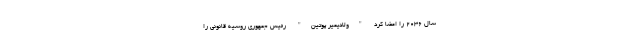
سال ۲۰۳۶ را امضا کرد "ولادیمیر پوتین" رئیس جمهوری روسیه قانونی را